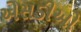
એસડીઓ